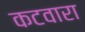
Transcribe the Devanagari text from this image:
कटवारा